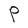
Character: P